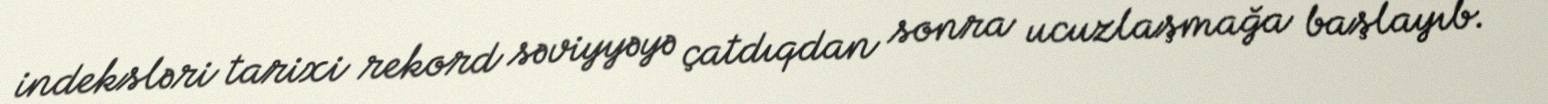
indeksləri tarixi rekord səviyyəyə çatdıqdan sonra ucuzlaşmağa başlayıb.